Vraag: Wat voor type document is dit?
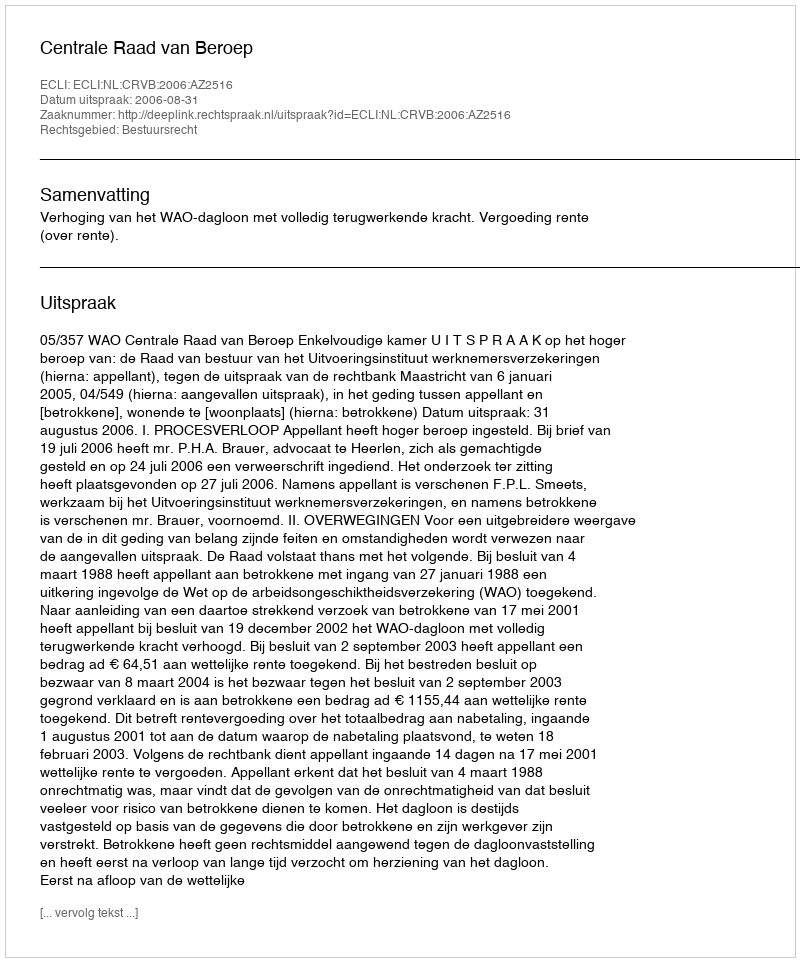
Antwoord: Uitspraak